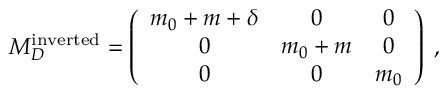
M _ { D } ^ { \mathrm { i n v e r t e d } } = \left( \begin{array} { c c c } { { m _ { 0 } + m + \delta } } & { { 0 } } & { { 0 } } \\ { { 0 } } & { { m _ { 0 } + m } } & { { 0 } } \\ { { 0 } } & { { 0 } } & { { m _ { 0 } } } \end{array} \right) \; ,